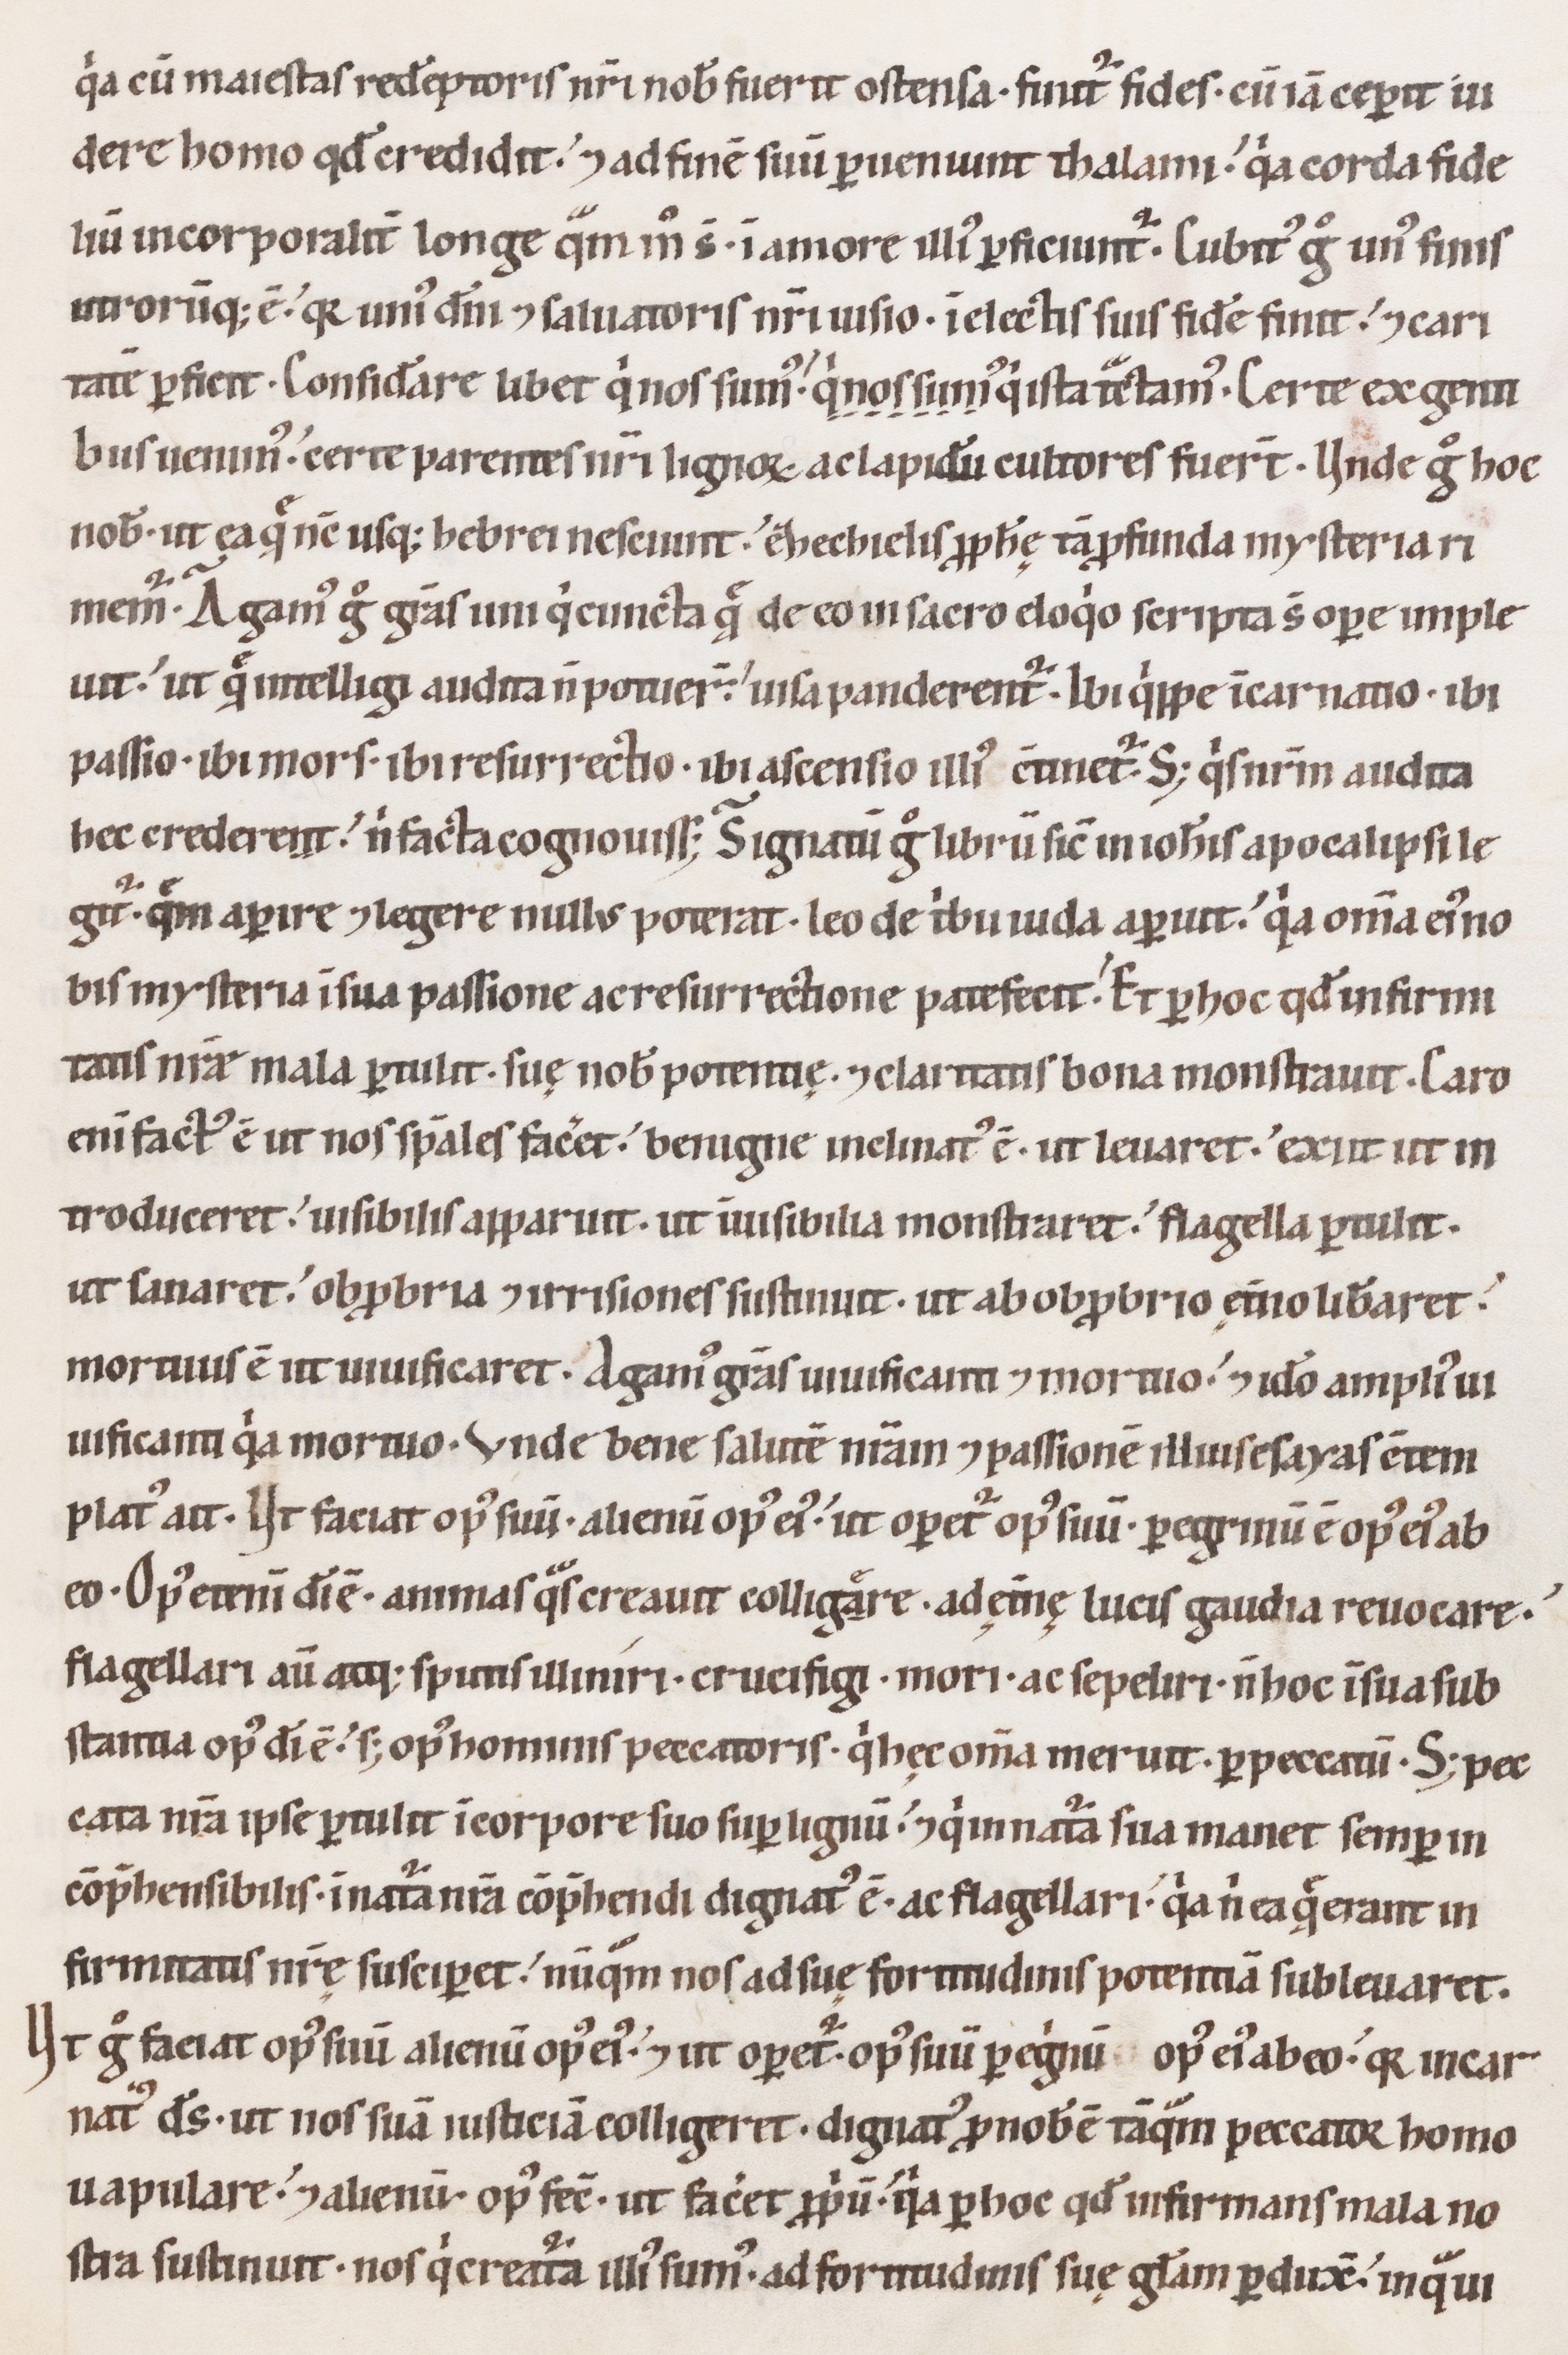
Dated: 1100–1199